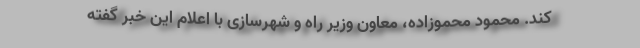
کند. محمود محموزاده، معاون وزیر راه و شهرسازی با اعلام این خبر گفته